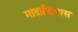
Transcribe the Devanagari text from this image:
मातापित्यास